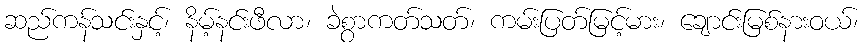
ဆည်ကန်သင်းနှင့်၊ နိမ့်နင်းဖီလာ၊ ခဲစွာကတ်သတ်၊ ကမ်းပြတ်မြင့်မား၊ ချောင်းမြစ်နားဝယ်၊